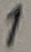
Text: 1